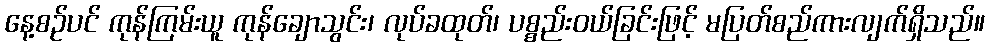
နေ့စဉ်ပင် ကုန်ကြမ်းယူ ကုန်ချောသွင်း၊ လုပ်ခထုတ်၊ ပစ္စည်းဝယ်ခြင်းဖြင့် မပြတ်စည်ကားလျက်ရှိသည်။